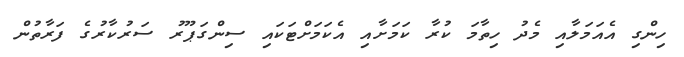
ހިންގި އެއަމަލާއި މެދު ހިތާމަ ކުރާ ކަމަށާއި އެކަމަށްޓަކައި ސިންގަޕޫރު ސަރުކާރުގެ ފަރާތުން